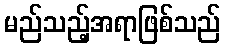
မည်သည့်အရာဖြစ်သည်